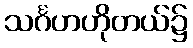
သင်္ဂဟဟိုတယ်၌